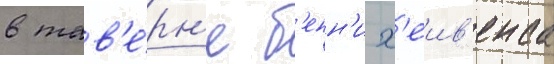
в тав'е́рн'е б'енн'и х'еив'енса